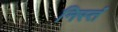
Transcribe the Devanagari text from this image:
निस्तं